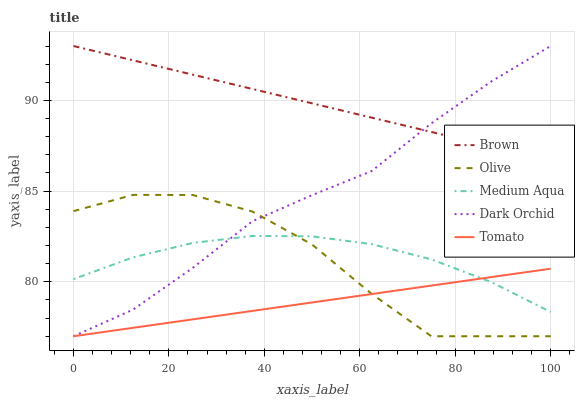
| xaxis_label | Brown | Olive | Medium Aqua | Dark Orchid | Tomato |
 | --- | --- | --- | --- | --- | --- |
 | 0 | 93 | 83.9 | 80.1 | 77 | 77 |
 | 12.5 | 92.2 | 84.8 | 81.4 | 78.5 | 77.5 |
 | 25 | 91.4 | 84.8 | 82.1 | 80.8 | 77.9 |
 | 37.5 | 90.6 | 83.9 | 82.5 | 83.3 | 78.4 |
 | 50 | 89.8 | 82.1 | 82.5 | 84.8 | 78.9 |
 | 62.5 | 89.1 | 79.3 | 82.1 | 86.1 | 79.3 |
 | 75 | 88.3 | 77 | 81.2 | 88.7 | 79.8 |
 | 87.5 | 87.5 | 77 | 80 | 91 | 80.3 |
 | 100 | 86.7 | 77 | 78.3 | 93 | 80.7 |